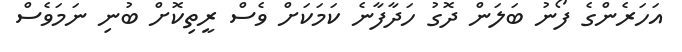
އަހަރެންގެ ފޯނު ބަލަން ދޮގު ހަދާފާނެ ކަމަކަށް ވެސް ރީތިކޮށް ބުނި ނަމަވެސް